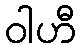
ဝါဟီ